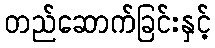
တည်ဆောက်ခြင်းနှင့်